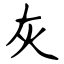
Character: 灰